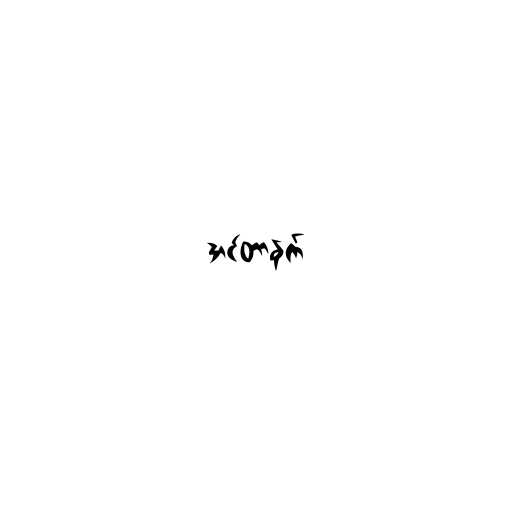
အင်တာနက်